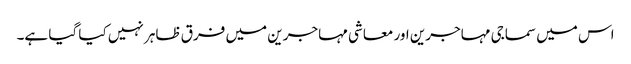
اس میں سماجی مہاجرین اور معاشی مہاجرین میں فرق ظاہر نہیں کیا گیا ہے۔